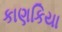
કાણકિયા